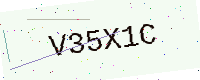
Text: V35X1C